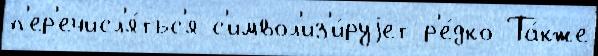
п'ер'ечисл'я́тьс'я с'имвол'из'и́руjет р'е́дко Та́кже